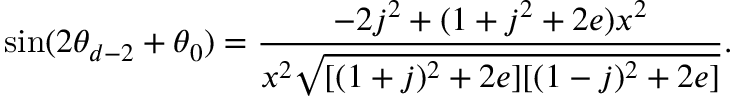
\sin ( 2 \theta _ { d - 2 } + \theta _ { 0 } ) = \frac { - 2 j ^ { 2 } + ( 1 + j ^ { 2 } + 2 e ) x ^ { 2 } } { x ^ { 2 } \sqrt { [ ( 1 + j ) ^ { 2 } + 2 e ] [ ( 1 - j ) ^ { 2 } + 2 e ] } } .